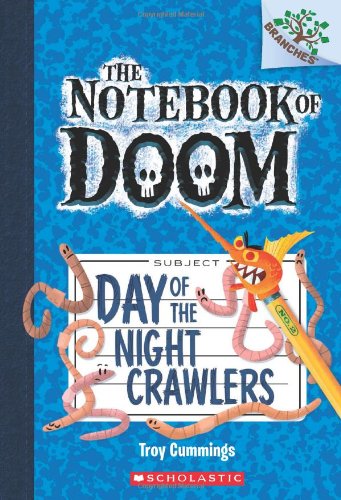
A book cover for The Notebook of Doom #2: Day of the Night Crawlers (A Branches Book); Troy Cummings; Children's Books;